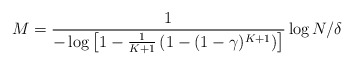
\begin{align*}M =\frac{1}{-\log \left[1-\frac{1}{K+1}\left(1-(1-\gamma)^{K+1}\right)\right]} \log N/\delta\end{align*}